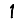
Digit: 1